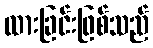
ထားခြင်းဖြစ်သည်